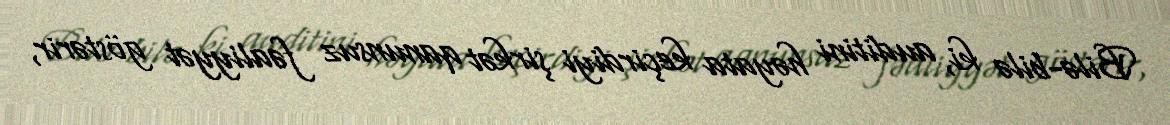
Bilə-bilə ki, auditini həyata keçirdiyi şirkət qanunsuz fəaliyyət göstərir,